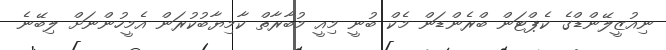
ނިއުޒީލޭންޑްގެ ކެޕްޓަން ބްރެންޑަން މެކް ބުނީ މިއީ މުބާރާތް ކާމިޔާބުކުރަން އެމީހުންނަށް ލިބޭނެ